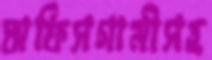
অফিসগামীসহ